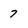
Character: 7